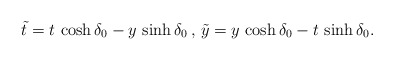
\begin{align*}\tilde{t} = t \, \cosh \delta_0 - y \, \sinh \delta_0 \, , \, \tilde{y} = y \, \cosh \delta_0 - t \, \sinh \delta_0.\end{align*}